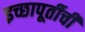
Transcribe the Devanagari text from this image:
इच्छापूर्तीची